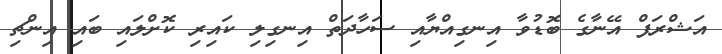
އަޝްރަފް އޭނާގެ ބޮޑުވާ އިނގިއްޔާއި ސަހާދަތް އިނގިލި ކައިރި ކޮށްލައި ބައި އިންޗި